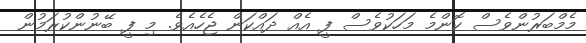
މެމްބަރުންވެސް ކޮންމެ މަހަކުވެސް ފީ އެއް ދައްކަން ޖެހެއެވެ. މި ފީ ބޭނުންކުރަމުން